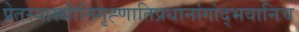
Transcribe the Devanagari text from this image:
प्रेतस्यास्थीनिगृह्णातिप्रधानांगोद्भवानिच